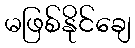
မဖြစ်နိုင်ချေ